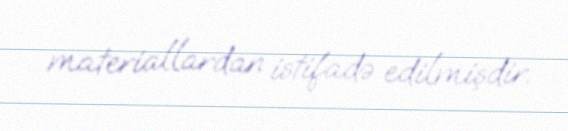
materiallardan istifadə edilmişdir.